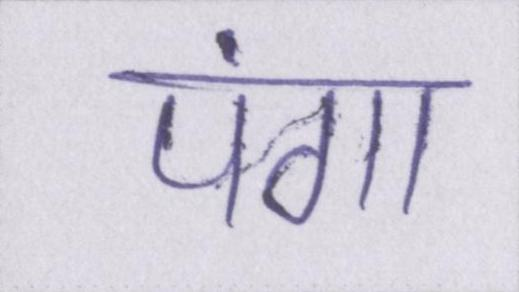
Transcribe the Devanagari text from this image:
पंगा